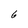
Character: 6